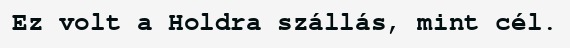
Ez volt a Holdra szállás, mint cél.